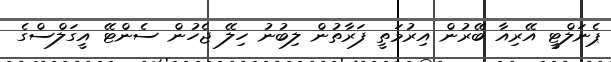
ޕެނަލްޓީ އޭރިއާ ބޭރުން އިރުމަތީ ފަރާތުން ލިބުނު ހިލޭ ޖެހުން ސެންޓޭ އީގަލްސްގެ